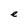
Character: e